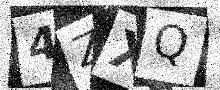
Text: 4ZXQ